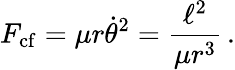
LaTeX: F_{\mathrm{cf}}=\mu r{\dot{\theta}}^{2}={\frac{\ell^{2}}{\mu r^{3}}}\, .